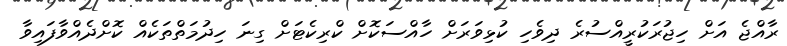
ރާއްޖެ އަށް ހިޖުރަކުރީއްސުރެ ދިވެހި ކުޅިވަރަށް ހާއްސަކޮށް ކްރިކެޓަށް ގިނަ ހިދުމަތްތަކެއް ކޮށްދެއްވާފައިވާ